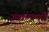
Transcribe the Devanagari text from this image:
उपक्रमामुळे